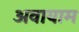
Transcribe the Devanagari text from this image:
अवायाम